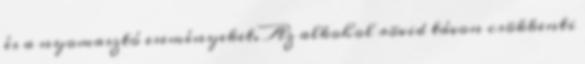
és a nyomasztó eseményeket. Az alkohol rövid távon csökkenti